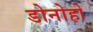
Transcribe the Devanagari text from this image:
डोनोहो